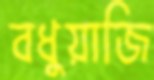
বধুয়াজি